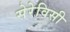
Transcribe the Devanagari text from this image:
सेरेविसी